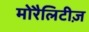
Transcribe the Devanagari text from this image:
मोरैलिटीज़